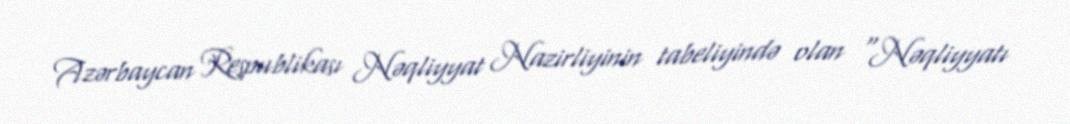
Azərbaycan Respublikası Nəqliyyat Nazirliyinin tabeliyində olan “Nəqliyyatı